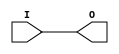
module OBUF8(
    input [7:0] I,
    output [7:0] O
    );

assign O = I;
endmodule